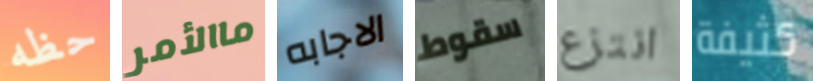
حظه ماالأمر الاجابه سقوط انتزع كثيفة